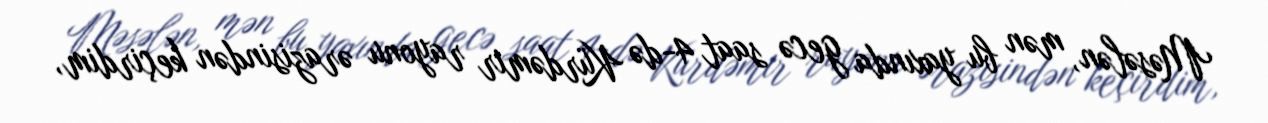
Məsələn, mən bu yaxında gecə saat 4-də Kürdəmir rayonu ərazisindən keçirdim,